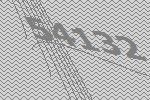
54132